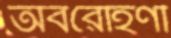
অবরোহণী